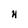
Character: H